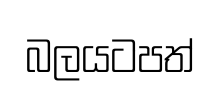
බලයටපත්